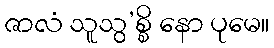
ဇာလံ သူသွ’စ္စိ နော ပုမေ။